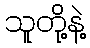
သူတို့နဲ့